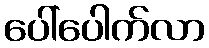
ပေါ်ပေါက်လာ